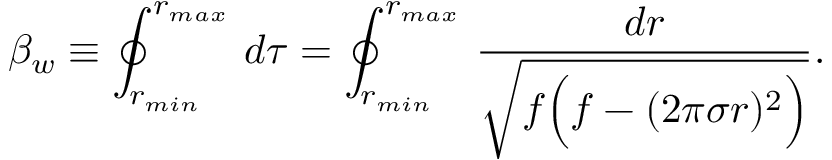
\beta _ { w } \equiv \oint _ { r _ { m i n } } ^ { r _ { m a x } } \, d \tau = \oint _ { r _ { m i n } } ^ { r _ { m a x } } \, { \frac { d r } { \sqrt { f \Big ( f - ( 2 \pi \sigma r ) ^ { 2 } \Big ) } } } .